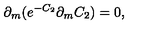
\partial _ { m } ( e ^ { - C _ { 2 } } \partial _ { m } C _ { 2 } ) = 0 ,